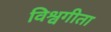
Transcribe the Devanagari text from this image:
विश्वगीता